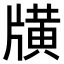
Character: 𤗶